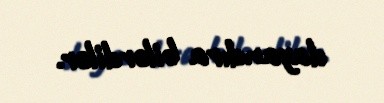
dayandıra bilərdilər.